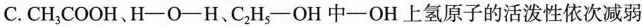
C.CH_{3}COOH、H-O-H、C_{2}H_{5}-OH中-OH上氢原子的活泼性依次减弱